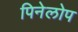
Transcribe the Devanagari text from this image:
पिनेलोप